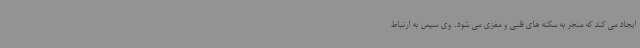
ایجاد می کند که منجر به سکته های قلبی و مغزی می شود. وی سپس به ارتباط